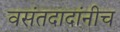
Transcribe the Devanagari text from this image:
वसंतदादांनीच